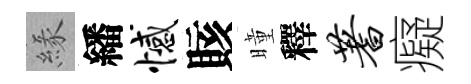
緣繙憾賅曈釋蓍癡